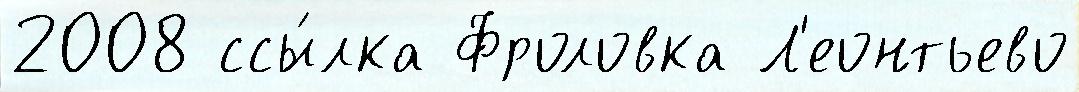
2008 ссы́лка Фроловка Л'еонтьево